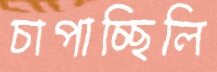
চাপাচ্ছিলি